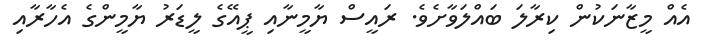
އެއް މީޒާނަކުން ކިރާލަ ބައްލަވާށެވެ. ރައީސް ޔާމީނާއި ޕީއޭގެ ލީޑަރު ޔާމީންގެ އެހާރާއި